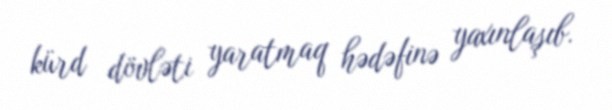
kürd dövləti yaratmaq hədəfinə yaxınlaşıb.